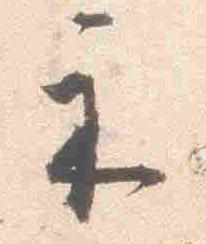
示